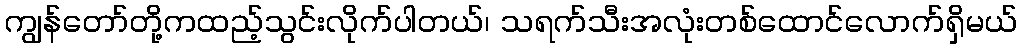
ကျွန်တော်တို့ကထည့်သွင်းလိုက်ပါတယ်၊ သရက်သီးအလုံးတစ်ထောင်လောက်ရှိမယ်